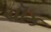
ચૉક